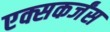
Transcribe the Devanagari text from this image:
एक्सकर्जंस